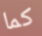
كما